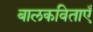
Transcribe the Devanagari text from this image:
बालकविताएँ